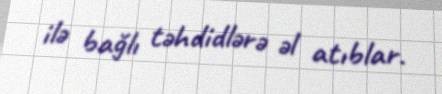
ilə bağlı təhdidlərə əl atıblar.